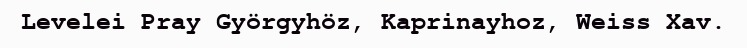
Levelei Pray Györgyhöz, Kaprinayhoz, Weiss Xav.